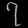
Digit: ၇